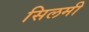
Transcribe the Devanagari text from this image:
सिलमी